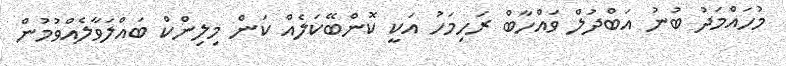
މުހައްމަދު ބުނު އަބްދުލް ވައްހާބް ރަހިމަހު އަކީ ކޮންބޭކަލެއް ކަން މިލިންކް ބައްލަވާލެއްވުމުން